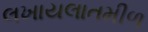
લખાયલાતમીળ